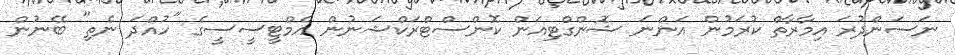
ނަސަންދުރަ އިމާރާތް ކުރަމުން އަންނަ ޝޮންގްޓިއަން ކޮންސްޓްރަކްޝަނުން އެމްޓީސީސީގެ "ހުއްދަ ނެތި" ބޭނުން